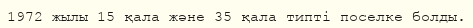
1972 жылы 15 қала және 35 қала типті поселке болды.